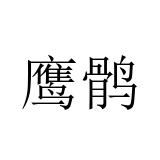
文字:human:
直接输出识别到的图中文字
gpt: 鹰鹘